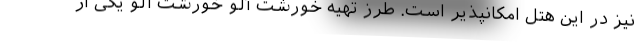
نیز در این هتل امکانپذیر است. طرز تهیه خورشت آلو خورشت آلو یکی از